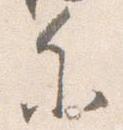
参